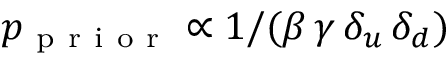
p _ { \mathrm { ~ p ~ r ~ i ~ o ~ r ~ } } \propto 1 / ( \beta \, \gamma \, \delta _ { u } \, \delta _ { d } )